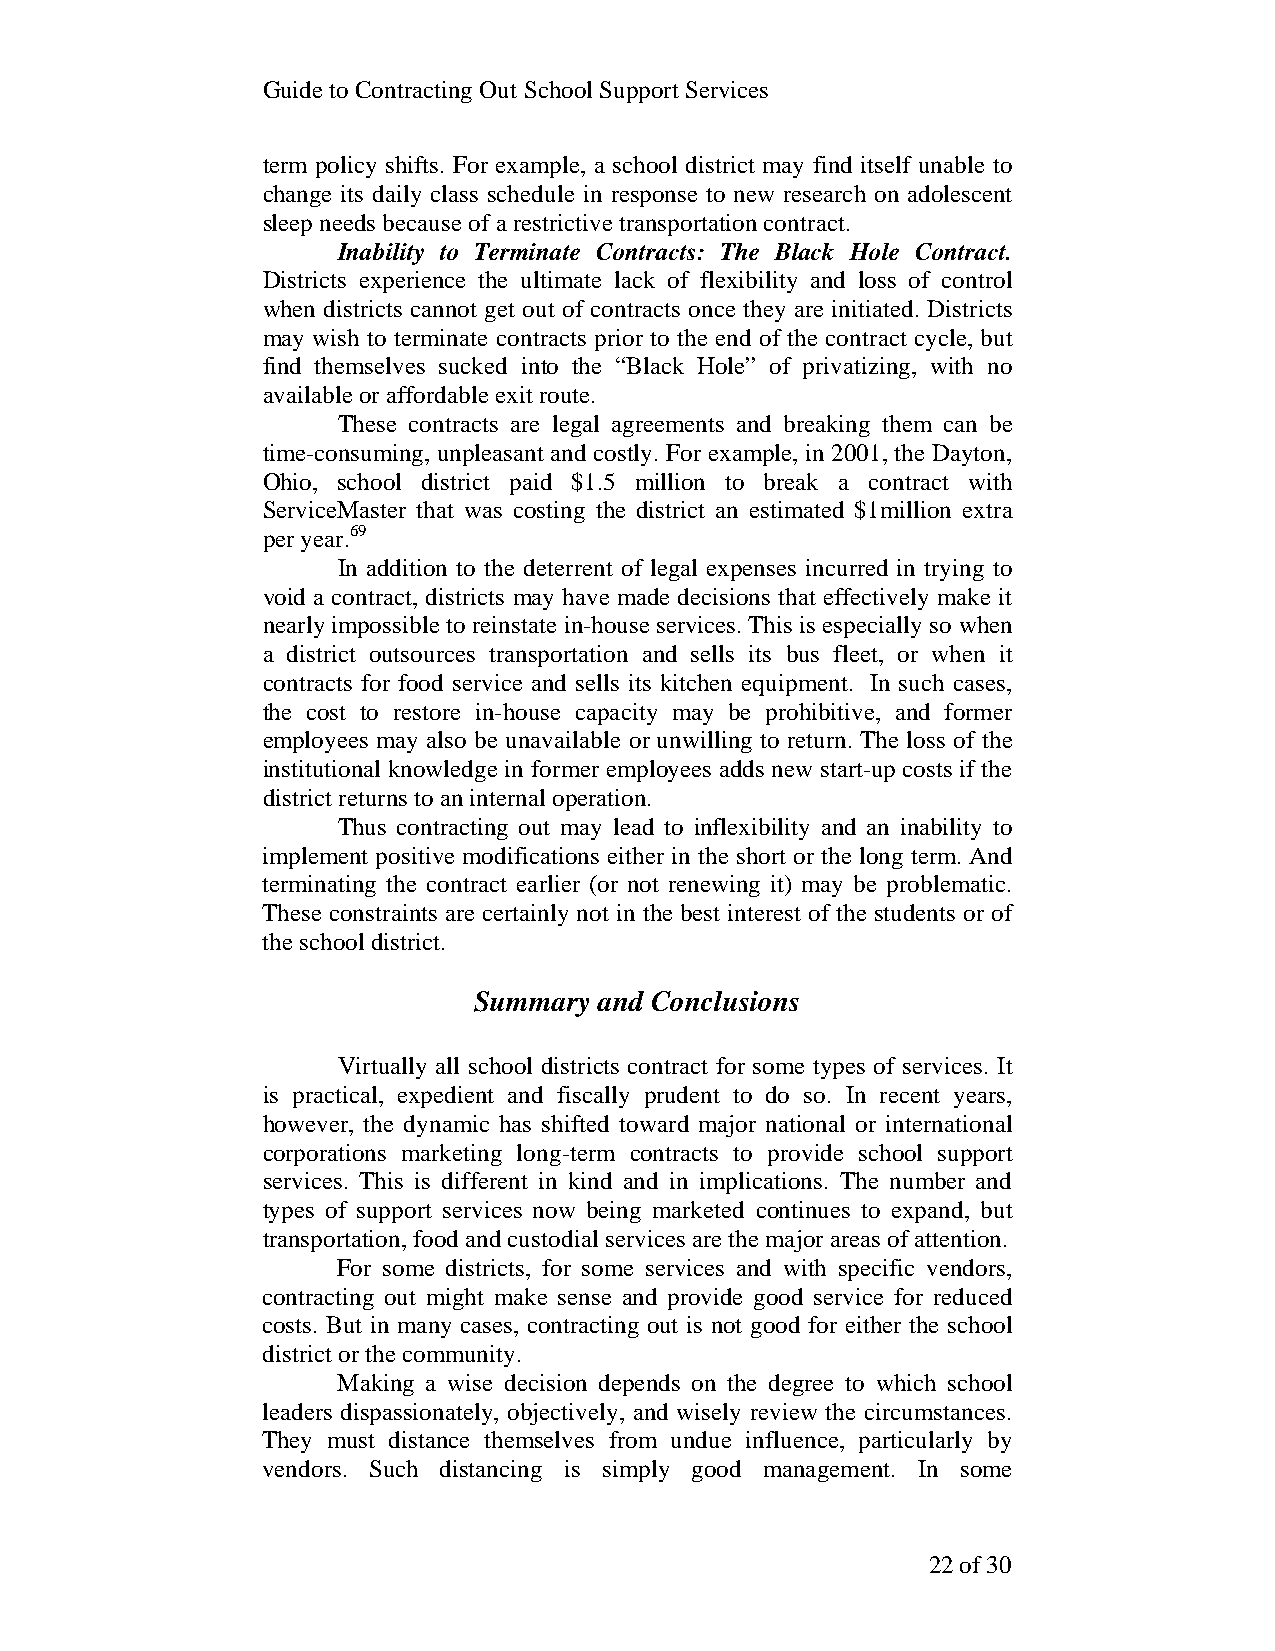
Guide to Contracting Out School Support Services
 term policy shifts. For example, a school district may find itself unable to
 change its daily class schedule in response to new research on adolescent
 sleep needs because of a restrictive transportation contract.
 Inability to Terminate Contracts: The Black Hole Contract.
 Districts experience the ultimate lack of flexibility and loss of control
 when districts cannot get out of contracts once they are initiated. Districts
 may wish to terminate contracts prior to the end of the contract cycle, but
 find themselves sucked into the “Black Hole” of privatizing, with no
 available or affordable exit route.
 These contracts are legal agreements and breaking them can be
 time-consuming, unpleasant and costly. For example, in 2001, the Dayton,
 Ohio, school district paid $1.5 million to break a contract with
 ServiceMaster that was costing the district an estimated $1million extra
 per year.69
 In addition to the deterrent of legal expenses incurred in trying to
 void a contract, districts may have made decisions that effectively make it
 nearly impossible to reinstate in-house services. This is especially so when
 a district outsources transportation and sells its bus fleet, or when it
 contracts for food service and sells its kitchen equipment. In such cases,
 the cost to restore in-house capacity may be prohibitive, and former
 employees may also be unavailable or unwilling to return. The loss of the
 institutional knowledge in former employees adds new start-up costs if the
 district returns to an internal operation.
 Thus contracting out may lead to inflexibility and an inability to
 implement positive modifications either in the short or the long term. And
 terminating the contract earlier (or not renewing it) may be problematic.
 These constraints are certainly not in the best interest of the students or of
 the school district.
 Summary  and Conclusions
 Virtually all school districts contract for some types of services. It
 is practical, expedient and fiscally prudent to do so. In recent years,
 however, the dynamic has shifted toward major national or international
 corporations marketing long-term contracts to provide school support
 services. This is different in kind and in implications. The number and
 types of support services now being marketed continues to expand, but
 transportation, food and custodial services are the major areas of attention.
 For some districts, for some services and with specific vendors,
 contracting out might make sense and provide good service for reduced
 costs. But in many cases, contracting out is not good for either the school
 district or the community.
 Making a wise decision depends on the degree to which school
 leaders dispassionately, objectively, and wisely review the circumstances.
 They must distance themselves from undue influence, particularly by
 vendors. Such distancing is simply good management. In some
 22 of 30